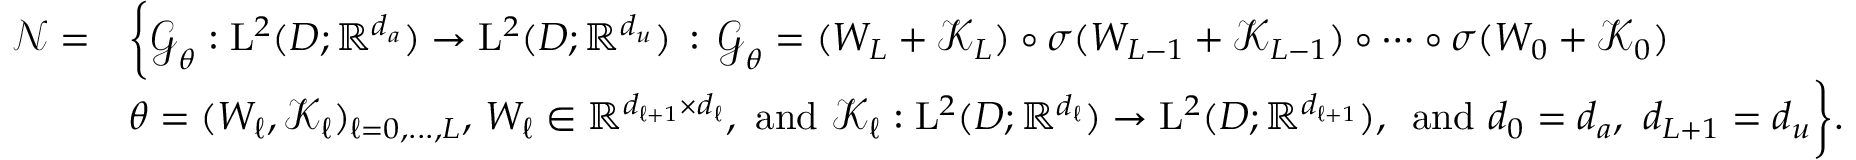
\begin{array} { r l } { \boldsymbol { \mathscr { N } } = } & { \biggl \{ \boldsymbol { \mathcal { G } } _ { \theta } : \mathrm { L } ^ { 2 } ( D ; \mathbb { R } ^ { d _ { a } } ) \to \mathrm { L } ^ { 2 } ( D ; \mathbb { R } ^ { d _ { u } } ) \, : \, \boldsymbol { \mathcal { G } } _ { \theta } = ( W _ { L } + \boldsymbol { \mathcal { K } } _ { L } ) \circ \sigma ( W _ { L - 1 } + \boldsymbol { \mathcal { K } } _ { L - 1 } ) \circ \cdots \circ \sigma ( W _ { 0 } + \boldsymbol { \mathcal { K } } _ { 0 } ) } \\ & { \theta = ( W _ { \ell } , \boldsymbol { \mathcal { K } } _ { \ell } ) _ { \ell = 0 , . . . , L } , \, W _ { \ell } \in \mathbb { R } ^ { d _ { \ell + 1 } \times d _ { \ell } } , \mathrm { ~ a n d ~ } \boldsymbol { \mathcal { K } } _ { \ell } : \mathrm { L } ^ { 2 } ( D ; \mathbb { R } ^ { d _ { \ell } } ) \to \mathrm { L } ^ { 2 } ( D ; \mathbb { R } ^ { d _ { \ell + 1 } } ) , \, \mathrm { ~ a n d ~ } d _ { 0 } = d _ { a } , \ d _ { L + 1 } = d _ { u } \biggr \} . } \end{array}